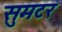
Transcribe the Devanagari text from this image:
सुमटर